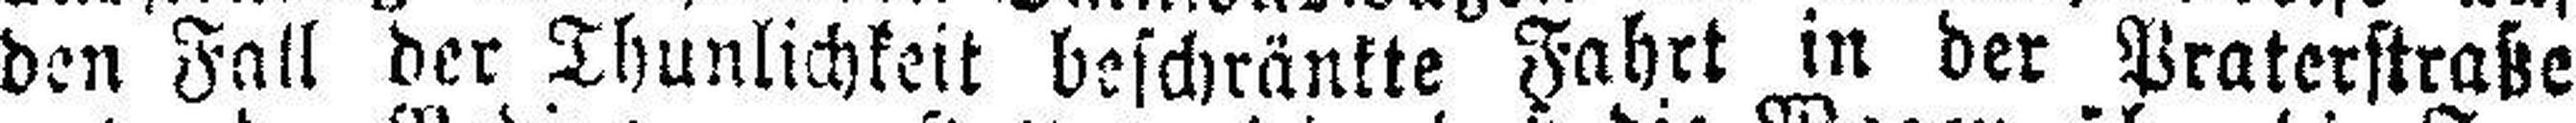
den Fall der Thunlichkeit beschränkte Fahrt in der Praterstraße